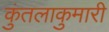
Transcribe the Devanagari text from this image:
कुंतलाकुमारी